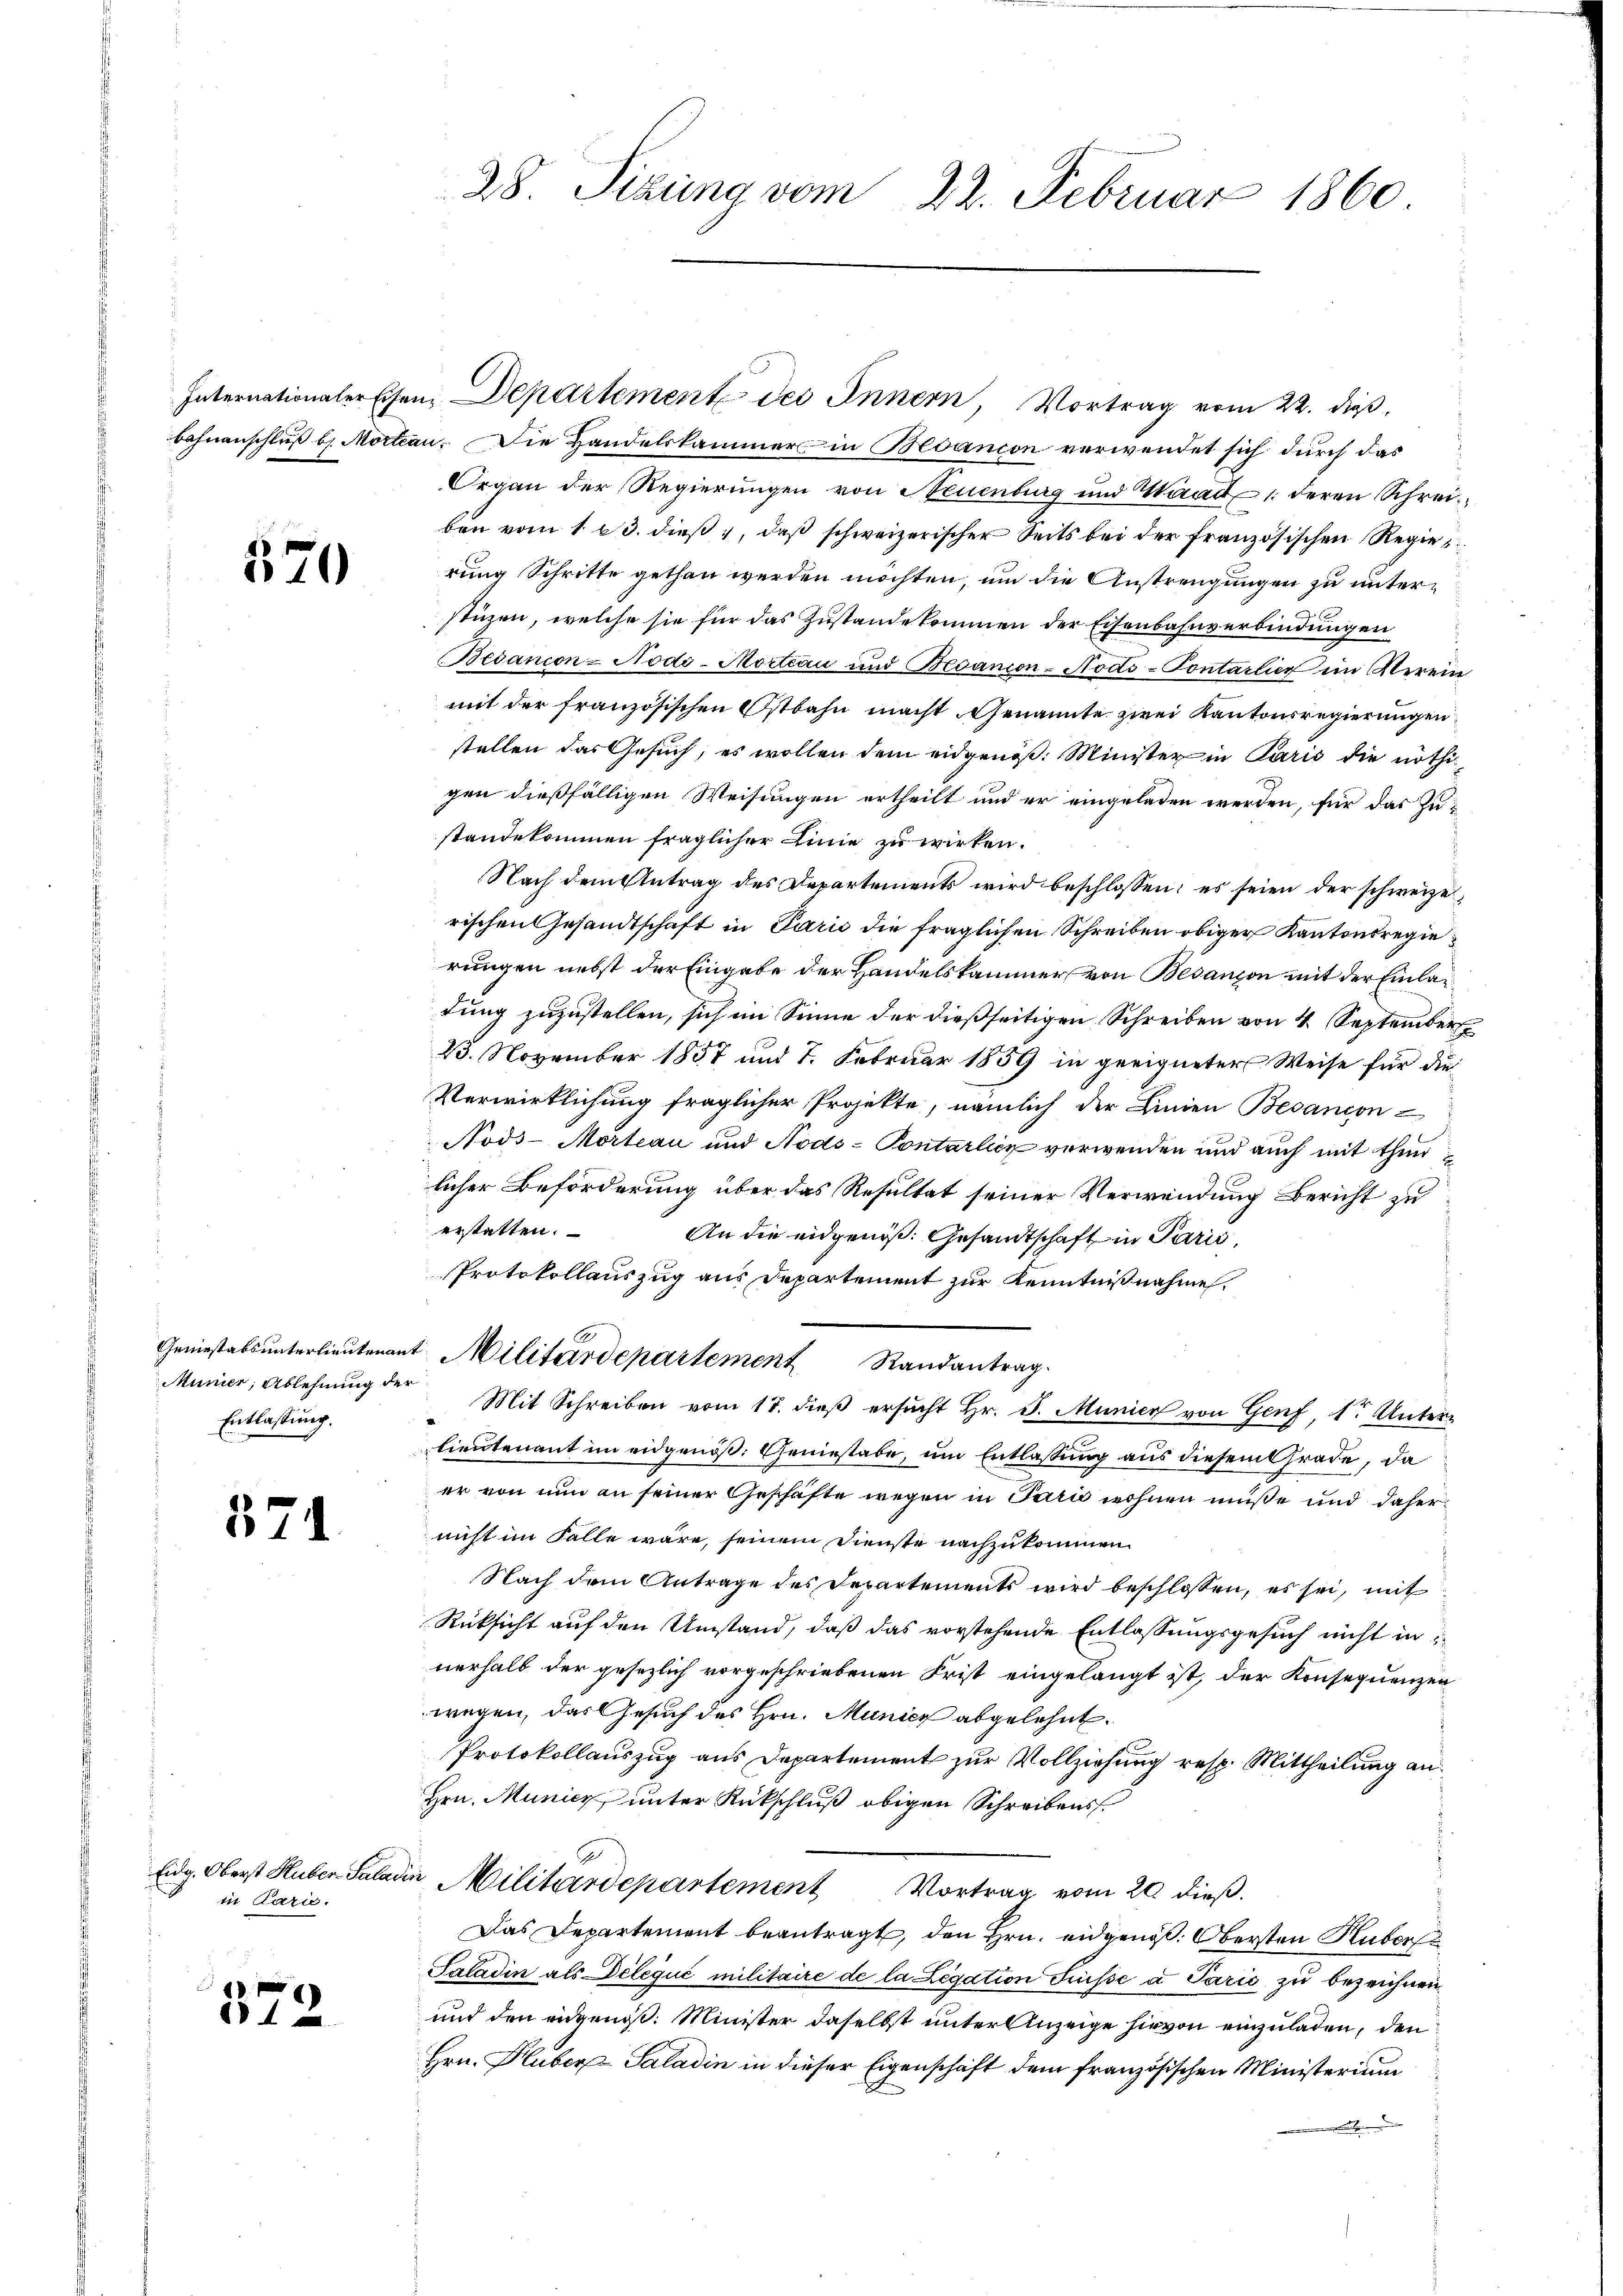
570

Munier, Ablehnung der
Entlassung.

574

Eidg. Oberst Huber-Paladis
in Paris.

80
884

28. Sizung vom 22. Februar 1860

Internationalerschen, Departement des Innern, Vortrag vom 22. dieß,

Bahnanschluß b. Mortan. Die Handelskammer in Bedanion verwendet sich durch das
Organ der Regierungen von Neuenburg und Waadt deren Schreiben vom 1. 23. dieß, daß schweizerischer Seits bei der französischen Regierung Schritte gethan werden möchten, um die Anstrengungen zu unterstüzen, welche sie für das Zustande kommen der Eisenbahnverbindungen
Bedanion-Nodo-Mortiau und Besanion-Nods-Tontarlier im Verein
mit der französischen Ostbahn macht Genannte zwei Kantonsregierungen
stellen das Gesuch, es wollen dem eidgenöß: Minister in Paris die nöthigen dießfälligen Weisungen ertheilt und er eingeladen werden, für das Zustandekommen fraglicher Linie zu wirken.
Nach dem Antrag des Departements wird beschlossen; es seien der schweize
rischen Gesandtschaft in Paris die fraglichen Schreiben obiger Kantonsregie
rungen nebst der Eingabe der Handelskammer von Besançon mit der Einladung zuzustellen, sich im Sinne der dießseitigen Schreiben von 4 September
23. November 1857 und 7. Februar 1859 in geeigneter Weise für die
Verwirklichung fraglicher Projekte, nämlich der Linien Besancon-
Nods-Mortan und Nods-Pontarlicz verwenden und auch mit thun
licher Beförderung über das Resultat seiner Verwendung Bericht zuerstatten.
An die eidgenöß: Gesandtschaft in Paris,
Protokollauszug aus Departement zur Kenntnißnahme,
Geniestalsunterlieutenant Militärdepartement Randantrag
Mit Schreiben vom 17. dieß ersucht Hr. J. Munier von Genf, 1. Unter-
lieutenant im eidgenöß: Geniestabe, um Entlassung aus diesem Grade, da
er von nun an seiner Geschäfte wegen in Parić wohnen müße und daher,
nicht im Falle wäre, seinem Dienste nachzukommen
Nach dem Antrage des Departements wird beschlossen, es sei, mit
Rüksicht auf den Umstand, daß das vorstehende Entlassungsgesuch nicht in
nerhalb der gesezlich vorgeschriebenen Frist eingelangt ist, der Konsequenzen
wegen, das Gesuch des Hrn. Municz abgelehnt.
Protokollauszug aus Departement zur Vollziehung resp. Mittheilung an
Hrn. Municz unter Rückschluß obigen Schreibens¬
"Militärdepartement Vortrag vom 20. dieß.
Das Departement beantragt, den Hrn. eidgenöß. Obersten Huber
Saladin als Délégué militaire de la Legation Suisse a Parić zu bezeichnen,
und den eidgenoß: Minister daselbst unter Anzeige hievon einzuladen, den
Hrn. Huber Saladin in dieser Eigenschaft dem französischen Ministerium